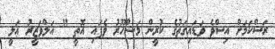
ރަސްކަމަށް އިސްވެ ވަޑައިގަތުގެ ކުރީން މަޝްހޫރު ވެފައި އޮތީ " އަލްވަޒީރު ޢަލީ